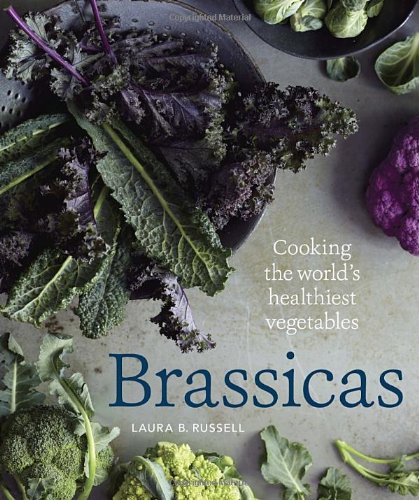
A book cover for Brassicas: Cooking the World's Healthiest Vegetables: Kale, Cauliflower, Broccoli, Brussels Sprouts and More; Laura B. Russell; Cookbooks, Food & Wine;